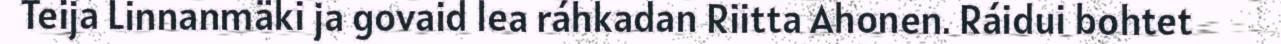
Teija Linnanmäki ja govaid lea ráhkadan Riitta Ahonen. Ráidui bohtet